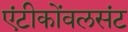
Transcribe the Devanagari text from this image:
एंटीकोंवलसंट